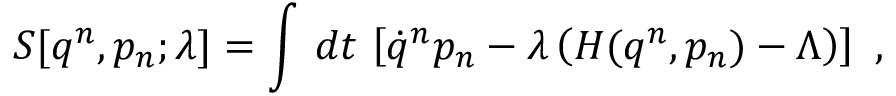
S [ q ^ { n } , p _ { n } ; \lambda ] = \int \, d t \, \left[ \dot { q } ^ { n } p _ { n } - \lambda \left( H ( q ^ { n } , p _ { n } ) - \Lambda \right) \right] \ ,